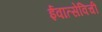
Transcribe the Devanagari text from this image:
ईवात्सेविची